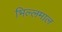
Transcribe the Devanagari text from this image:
भिल्लमाल